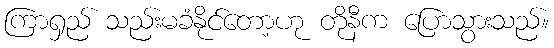
ကြာရှည် သည်းမခံနိုင်တော့ဟု တိုနီက ပြောသွားသည်။